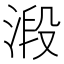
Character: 𣹂